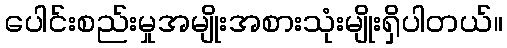
ပေါင်းစည်းမှုအမျိုးအစားသုံးမျိုးရှိပါတယ်။